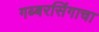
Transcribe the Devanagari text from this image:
गब्बरसिंगाचा